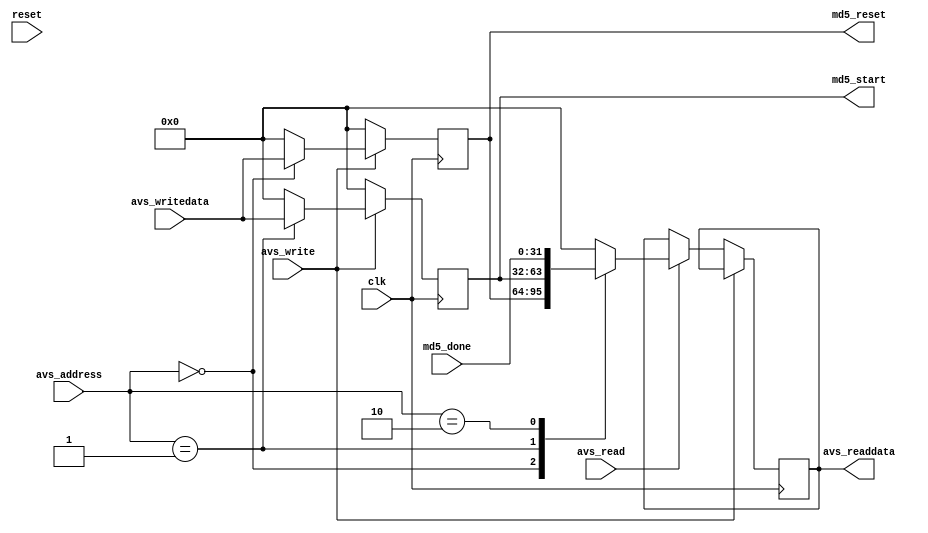
module md5control (
    input clk,
    input reset,

    input      [31:0] avs_writedata,
    output reg [31:0] avs_readdata,
    input      [1:0]  avs_address,
    input             avs_read,
    input             avs_write,

    output [31:0] md5_start,
    output [31:0] md5_reset,
    input  [31:0] md5_done
);

reg [31:0] start_reg;
reg [31:0] reset_reg;

assign md5_start = start_reg;
assign md5_reset = reset_reg;

always @(posedge clk) begin
    if (avs_write) begin
        case (avs_address)
            2'b00: begin
                reset_reg <= avs_writedata;
                start_reg <= 32'd0;
            end
            2'b01: begin
                reset_reg <= 32'd0;
                start_reg <= avs_writedata;
            end
            default: begin
                reset_reg <= 32'd0;
                start_reg <= 32'd0;
            end
        endcase
    end else if (avs_read) begin
        reset_reg <= 32'd0;
        start_reg <= 32'd0;
        case (avs_address)
            2'b00: avs_readdata <= reset_reg;
            2'b01: avs_readdata <= start_reg;
            2'b10: avs_readdata <= md5_done;
            default: avs_readdata <= 32'd0;
        endcase
    end else begin
        reset_reg <= 32'd0;
        start_reg <= 32'd0;
    end
end

endmodule